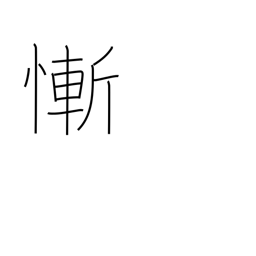
Meaning: feel ashamed